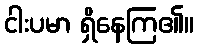
ငါးပမာ ရှိနေကြ၏။